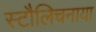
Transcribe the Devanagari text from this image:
स्टौलिचनाया